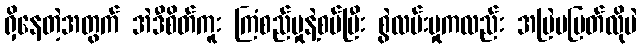
ရှိနေတဲ့အတွက် အဲဒီစိတ်ကူး ကြံစည်မှုနဲ့စပ်ပြီး စွဲလမ်းမှုကလည်း အမြဲမပြတ်လိုပဲ